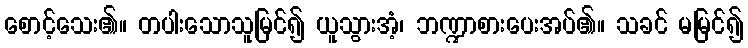
စောင့်သေး၏။ တပါးသောသူမြင်၍ ယူသွားအံ့၊ ဘဏ္ဍာစားပေးအပ်၏။ သခင် မမြင်၍